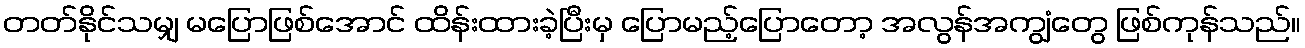
တတ်နိုင်သမျှ မပြောဖြစ်အောင် ထိန်းထားခဲ့ပြီးမှ ပြောမည့်ပြောတော့ အလွန်အကျွံတွေ ဖြစ်ကုန်သည်။